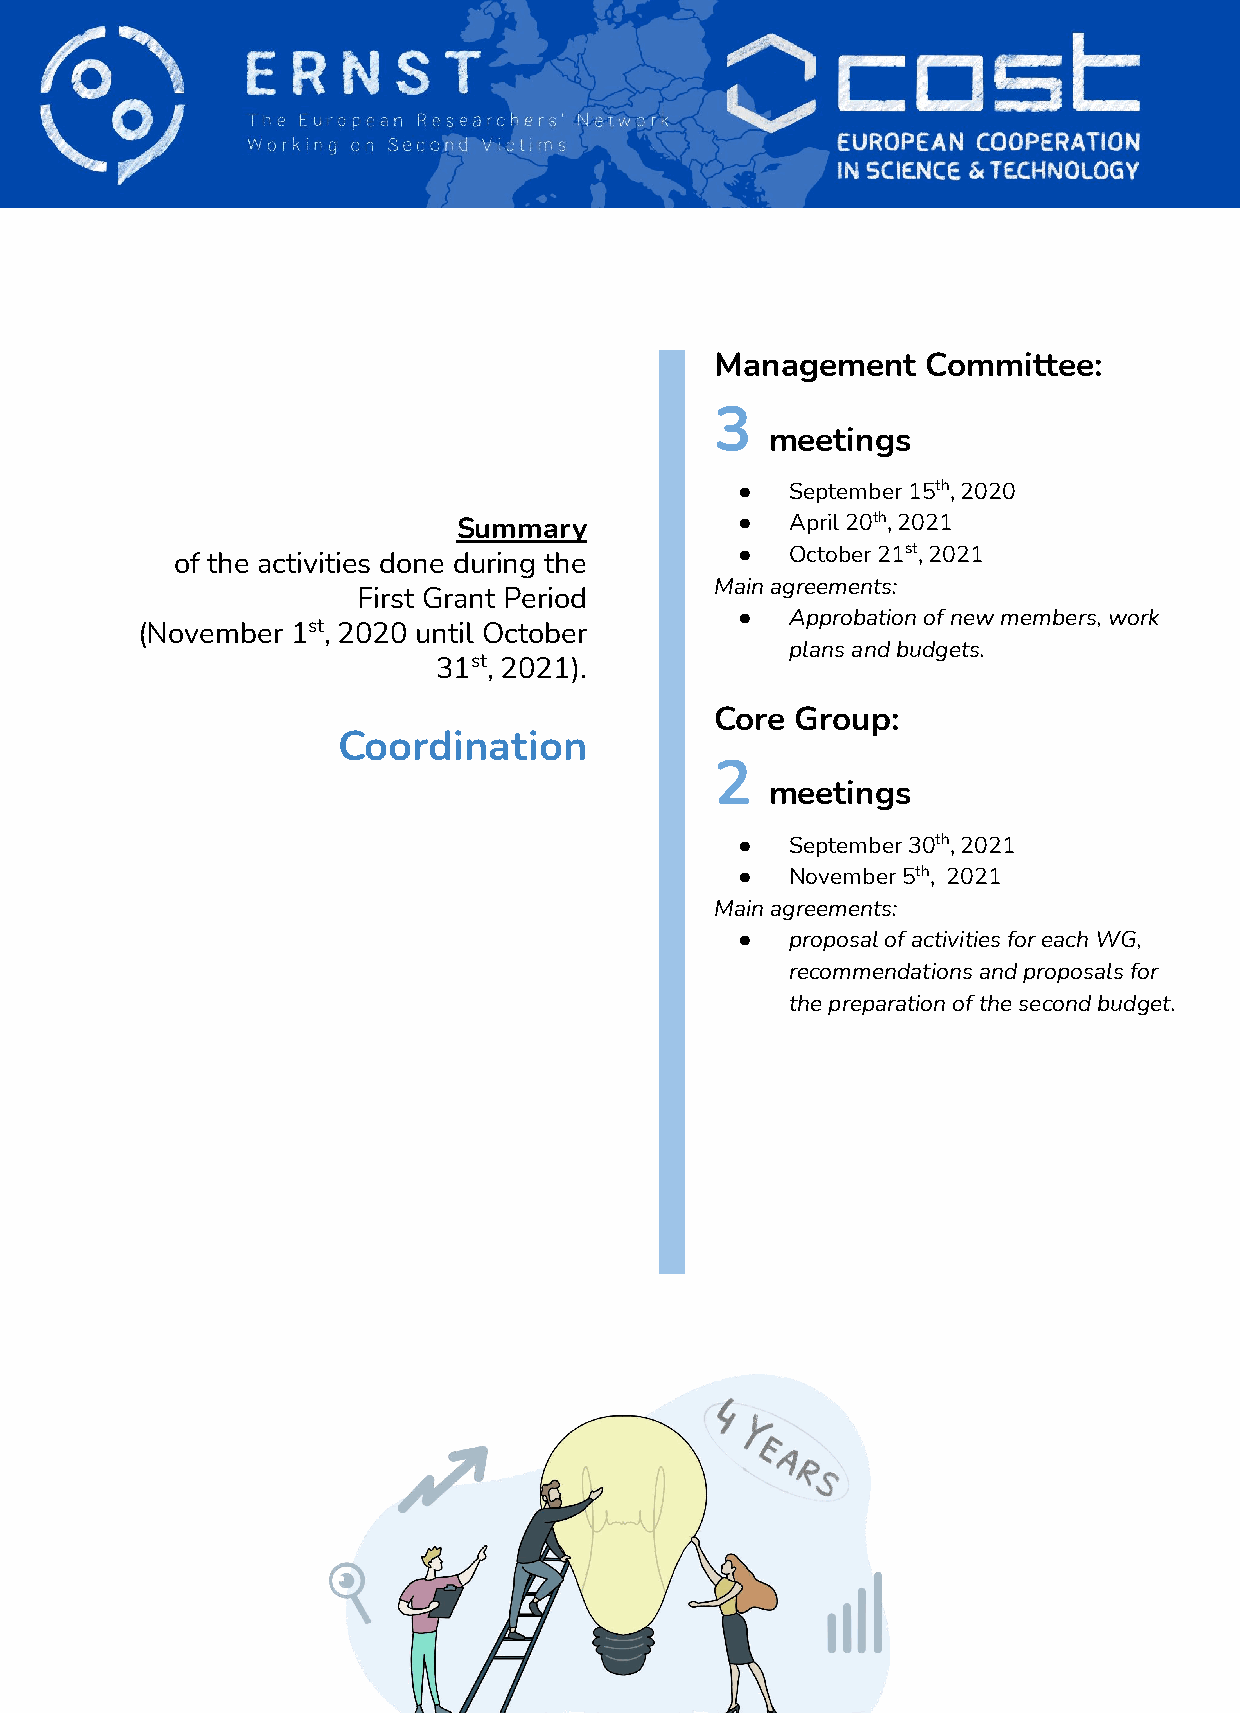
Management    Committee:
 3
 meetings
 ●  September 15th, 2020
 Summary            ●  April 20th, 2021
 ●  October 21st, 2021
 of the activities done during the
 Main agreements:
 First Grant Period
 ●  Approbation of new members, work
 (November 1st, 2020 until October
 plans and budgets.
 31st, 2021).
 Core  Group:
 Coordination
 2
 meetings
 ●  September 30th, 2021
 ●  November 5th, 2021
 Main agreements:
 ●  proposal of activities for each WG,
 recommendations and proposals for
 the preparation of the second budget.